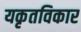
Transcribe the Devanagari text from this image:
यकृतविकार